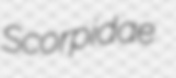
Scorpidae